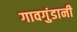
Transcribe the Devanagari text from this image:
गावगुंडानी